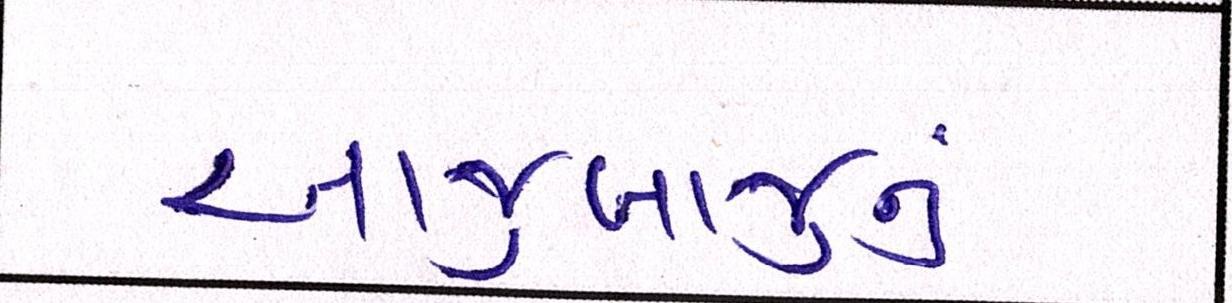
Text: આજુબાજુનું